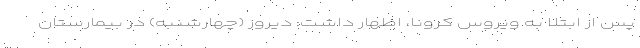
پس از ابتلا به ویروس کرونا، اظهار داشت: دیروز (چهارشنبه) در بیمارستان